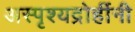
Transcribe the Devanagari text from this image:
अस्पृश्यद्रोहींनी